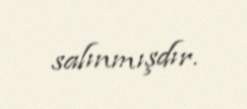
salınmışdır.